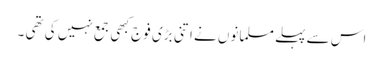
اس سے پہلے مسلمانوں نے اتنی بڑی فوج کبھی جمع نہیں کی تھی ۔